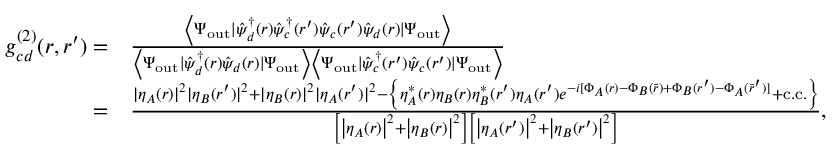
\begin{array} { r l } { g _ { c d } ^ { ( 2 ) } ( \boldsymbol { r } , \boldsymbol { r } ^ { \prime } ) = } & { \frac { \left\langle \Psi _ { \mathrm { o u t } } \mid \hat { \psi } _ { d } ^ { \dagger } ( \boldsymbol { r } ) \hat { \psi } _ { c } ^ { \dagger } ( \boldsymbol { r } ^ { \prime } ) \hat { \psi } _ { c } ( \boldsymbol { r } ^ { \prime } ) \hat { \psi } _ { d } ( \boldsymbol { r } ) \mid \Psi _ { \mathrm { o u t } } \right\rangle } { \left\langle \Psi _ { \mathrm { o u t } } \mid \hat { \psi } _ { d } ^ { \dagger } ( \boldsymbol { r } ) \hat { \psi } _ { d } ( \boldsymbol { r } ) \mid \Psi _ { \mathrm { o u t } } \right\rangle \left\langle \Psi _ { \mathrm { o u t } } \mid \hat { \psi } _ { c } ^ { \dagger } ( \boldsymbol { r } ^ { \prime } ) \hat { \psi } _ { c } ( \boldsymbol { r } ^ { \prime } ) \mid \Psi _ { \mathrm { o u t } } \right\rangle } } \\ { = } & { \frac { | \eta _ { A } ( \boldsymbol { r } ) | ^ { 2 } | \eta _ { B } ( \boldsymbol { r } ^ { \prime } ) | ^ { 2 } + | \eta _ { B } ( \boldsymbol { r } ) | ^ { 2 } | \eta _ { A } ( \boldsymbol { r } ^ { \prime } ) | ^ { 2 } - \left\{ \eta _ { A } ^ { * } ( \boldsymbol { r } ) \eta _ { B } ( \boldsymbol { r } ) \eta _ { B } ^ { * } ( \boldsymbol { r } ^ { \prime } ) \eta _ { A } ( \boldsymbol { r } ^ { \prime } ) e ^ { - i [ \Phi _ { A } ( \boldsymbol { r } ) - \Phi _ { B } ( \bar { \boldsymbol { r } } ) + \Phi _ { B } ( \boldsymbol { r } ^ { \prime } ) - \Phi _ { A } ( \bar { \boldsymbol { r } } ^ { \prime } ) ] } + \mathrm { c . c . } \right\} } { \left[ \left| \eta _ { A } ( \boldsymbol { r } ) \right| ^ { 2 } + \left| \eta _ { B } ( \boldsymbol { r } ) \right| ^ { 2 } \right] \left[ \left| \eta _ { A } ( \boldsymbol { r } ^ { \prime } ) \right| ^ { 2 } + \left| \eta _ { B } ( \boldsymbol { r } ^ { \prime } ) \right| ^ { 2 } \right] } , } \end{array}